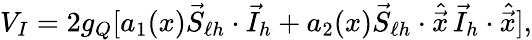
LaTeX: V_{I}=2g_{Q}[a_{1}(x)\vec{S}_{\ell h}\cdot\vec{I}_{h}+a_{2}(x)\vec{S}_{\ell h}\cdot\hat{\vec{x}}\, \vec{I}_{h}\cdot\hat{\vec{x}}],